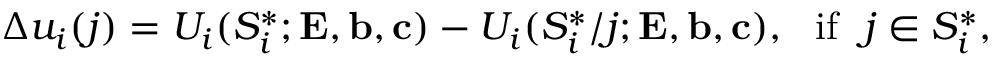
\Delta u _ { i } ( j ) = U _ { i } ( S _ { i } ^ { * } ; { \mathbf { E } } , { \mathbf { b } } , { \mathbf { c } } ) - U _ { i } ( S _ { i } ^ { * } / { j } ; { \mathbf { E } } , { \mathbf { b } } , { \mathbf { c } } ) , ~ ~ { \mathrm { i f } } ~ ~ j \in S _ { i } ^ { * } ,